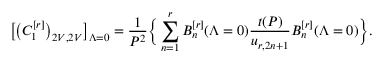
\big [ \big ( C _ { 1 } ^ { [ r ] } \big ) _ { 2 V , 2 V } \big ] _ { \Lambda = 0 } = \frac { 1 } { P ^ { 2 } } \Big \{ \sum _ { n = 1 } ^ { r } B _ { n } ^ { [ r ] } ( \Lambda = 0 ) \frac { t ( P ) } { u _ { r , 2 n + 1 } } B _ { n } ^ { [ r ] } ( \Lambda = 0 ) \Big \} .